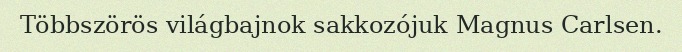
Többszörös világbajnok sakkozójuk Magnus Carlsen.